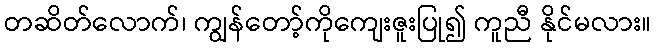
တဆိတ်လောက်၊ ကျွန်တော့်ကိုကျေးဇူးပြု၍ ကူညီ နိုင်မလား။